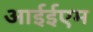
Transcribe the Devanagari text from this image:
आईईएम